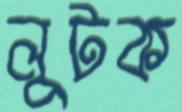
লুটক